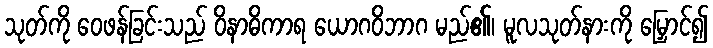
သုတ်ကို ဝေဖန်ခြင်းသည် ဝိနာဓိကာရ ယောဂဝိဘာဂ မည်၏၊ မူလသုတ်နားကို မြှောင်၍